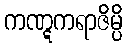
ကဏ္ဋကရာဇိမ္ပိ